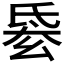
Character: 𣱋